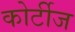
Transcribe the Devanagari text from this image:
कोर्टीज